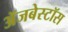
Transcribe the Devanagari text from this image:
ॲजबेस्टॉस